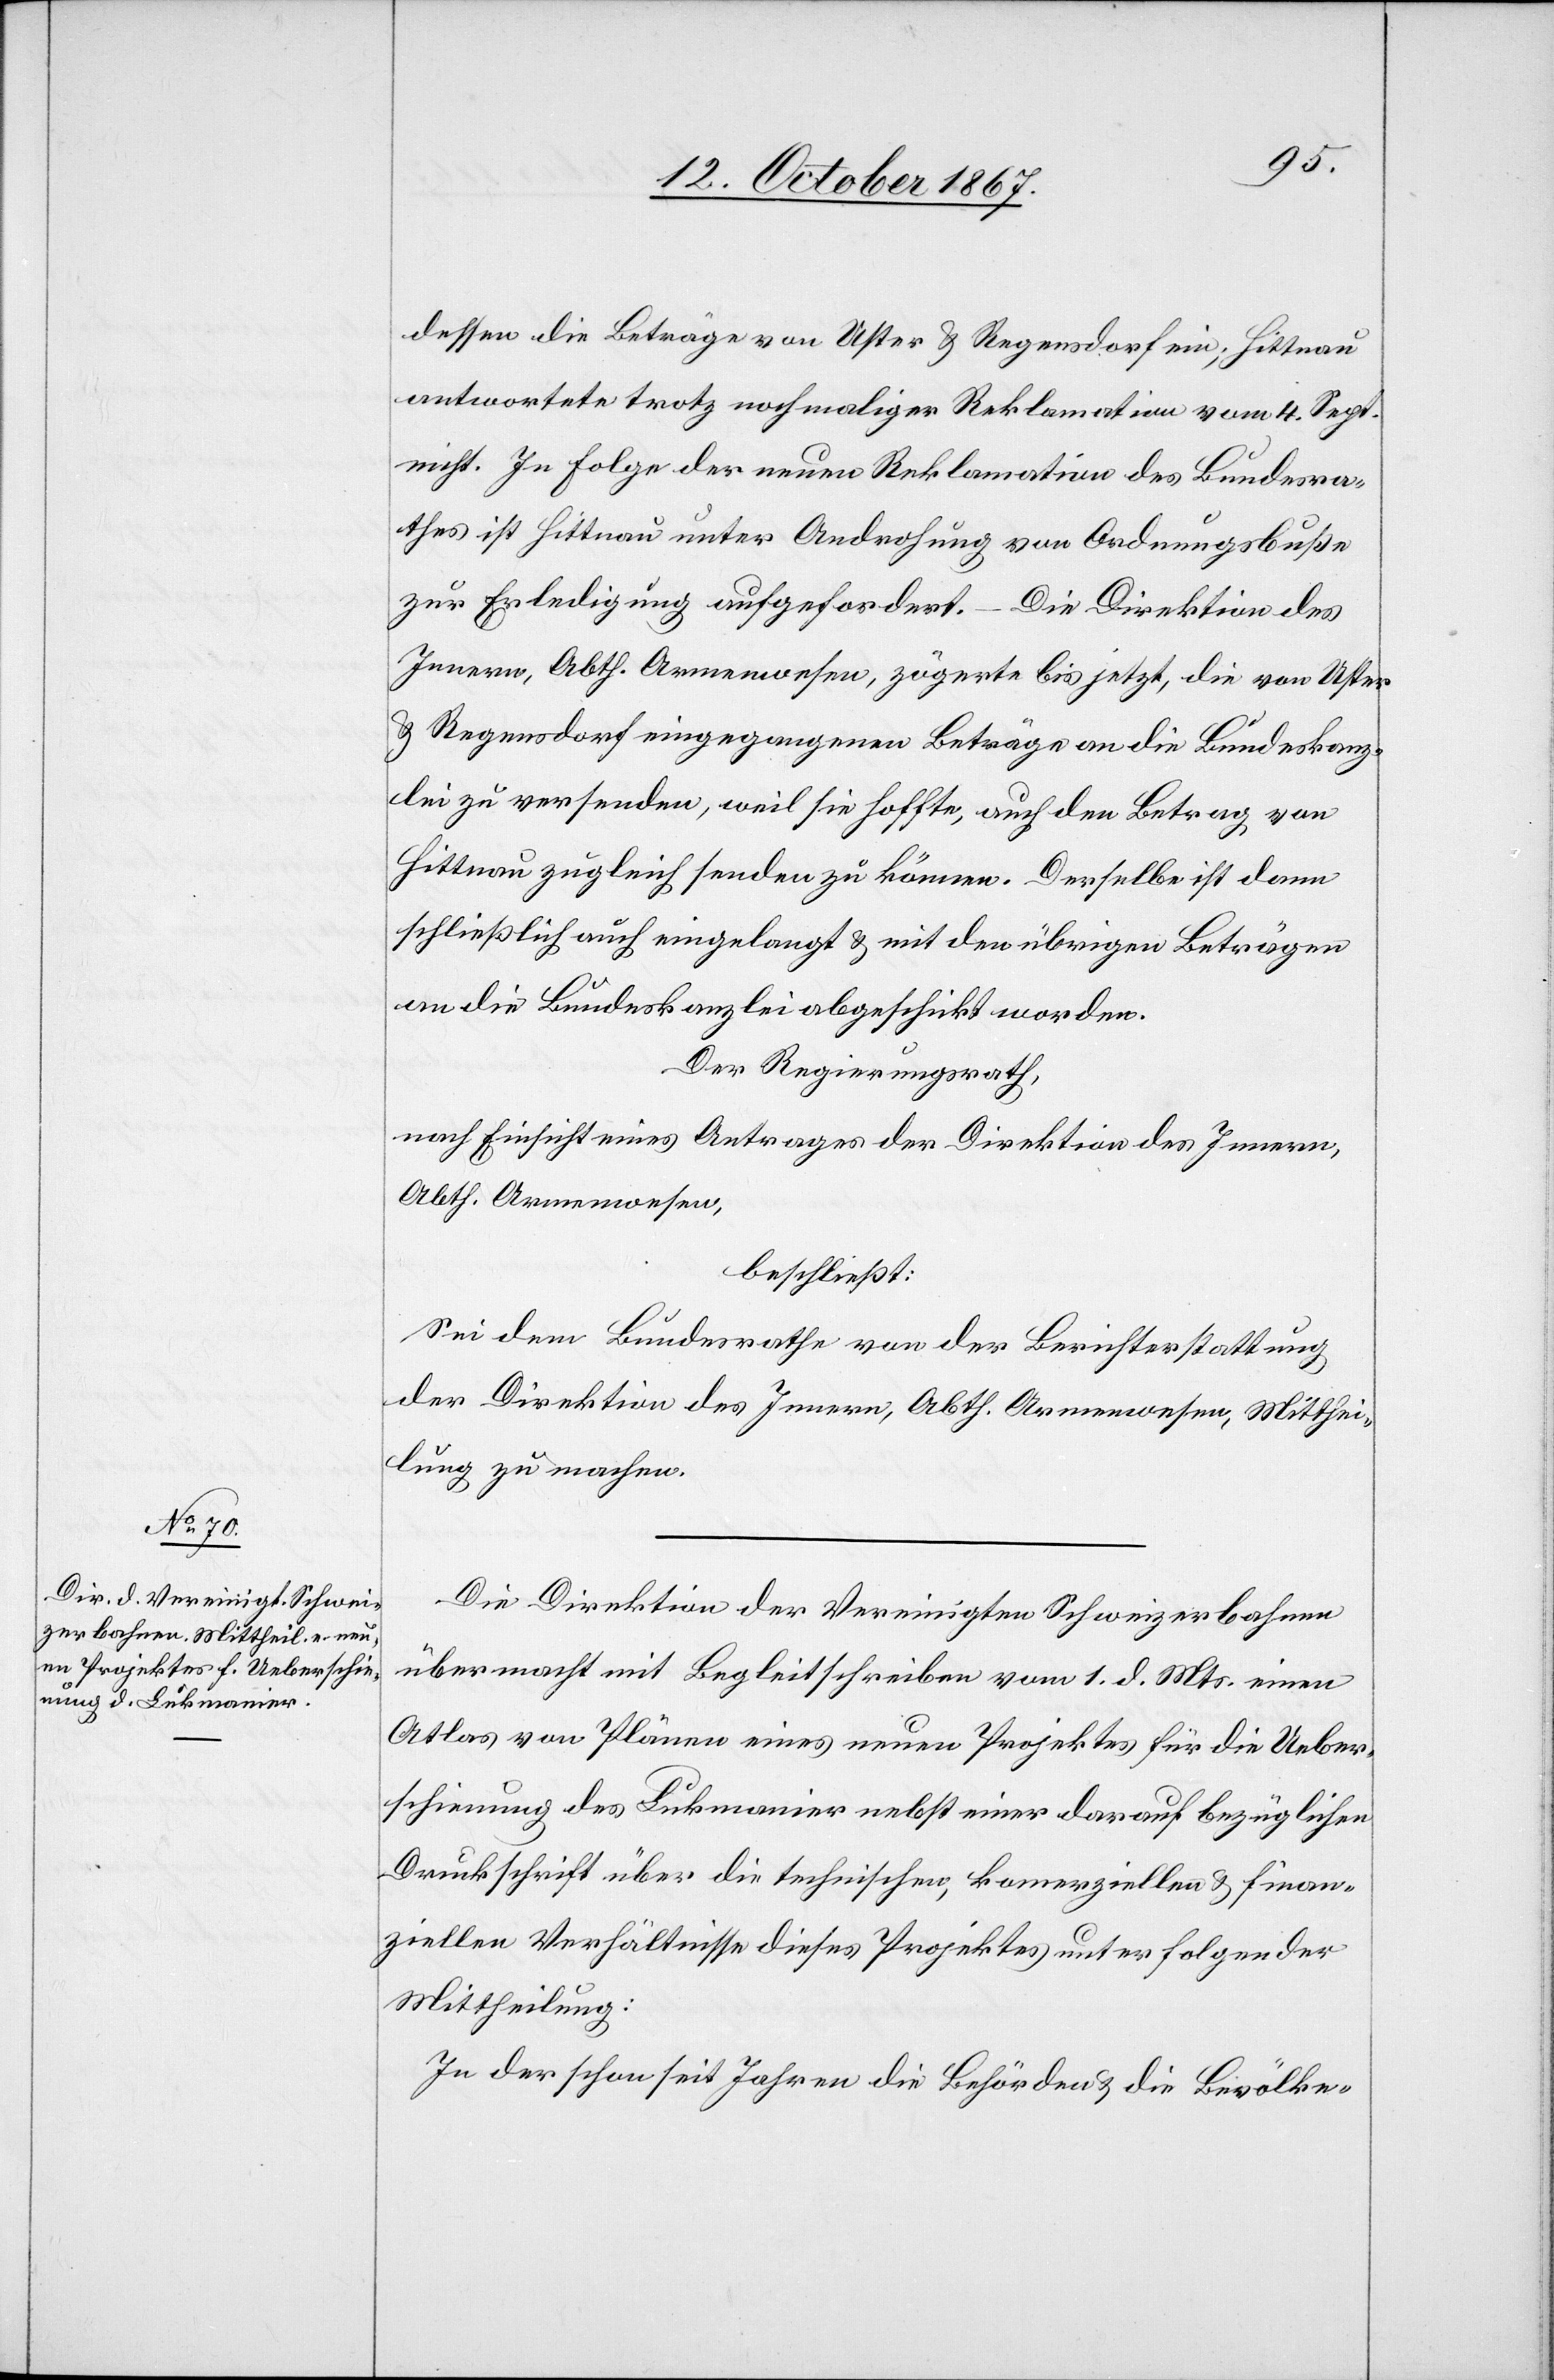
dessen die Beträge von Uster u. Regensdorf ein; Hittnau
antwortete trotz nochmaliger Reklamation vom 4. Sept.
nicht. In Folge der neuen Reklamation des Bundesra¬
thes ist Hittnau unter Androhung von Ordnungsbuße
zur Erledigung aufgefordert.
Die Direktion der
Arbeiten, Abth. Armenwesen, zögerte bis jetzt, die von Uster
u. Regensdorf eingezogenen Beträge an die Bundeskanz¬
lei zu versenden, weil sie hofften, auch den Betrag von
Hittnau zugleich senden zu können. Derselbe ist dann
schließlich auch eingelangt u. mit den übrigen Beträgen
an die Bundeskanzlei abgeschickt worden.
Der Regierungsrath;
nach Einsicht eines Antrages der Direktion des Innern,
Abth. Armenwesen,
beschließt:
Sei dem Bundesrath von der Berichterstattung
der Direktion des Innern, Abth. Armenwesen, Mitthei¬
lung zu machen.
Die Direktion der Vereinigten Schweizerbahnen
übermacht mit Begleitschreiben vom 1. d. Mts. einen
Atlas von Plänen eines neuen Projektes für die Ueber¬
schienung des Lukmanier nebst einer darauf bezüglichen
Druckschrift über die technischen, komerziellen u. finan¬
ziellen Verhältnisse dieses Projektes unter folgender
Mittheilung:
In der schon seit Jahren die Behörden u. die Bevölke-